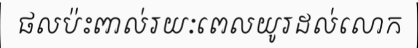
ផលប៉ះពាល់រយៈពេលយូរដល់លោក